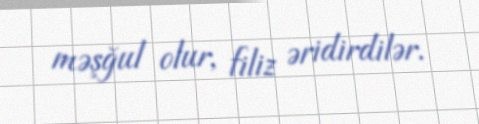
məşğul olur, filiz əridirdilər.